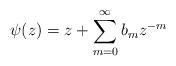
LaTeX: \begin{align*}\psi(z) = z + \sum_{m = 0}^{\infty}{b_{m}z^{-m}}\end{align*}